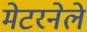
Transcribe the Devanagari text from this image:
मेटरनेले